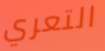
التعري